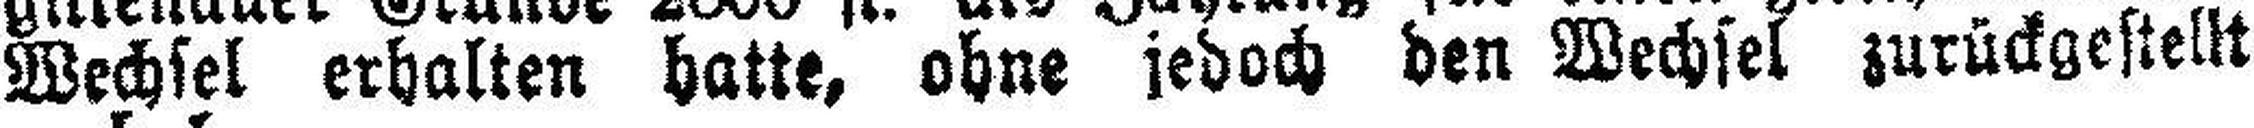
Wechsel erhalten hatte, ohne jedoch den Wechsel zurückgestellt